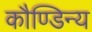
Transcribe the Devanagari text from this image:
कौण्डिन्य